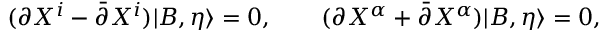
( \partial X ^ { i } - \bar { \partial } X ^ { i } ) | B , \eta \rangle = 0 , \qquad ( \partial X ^ { \alpha } + \bar { \partial } X ^ { \alpha } ) | B , \eta \rangle = 0 ,